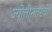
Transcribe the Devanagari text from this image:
ज्योतीनंतरची